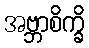
အဗ္ဘာစိက္ခိ